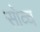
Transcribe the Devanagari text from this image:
सोव्च